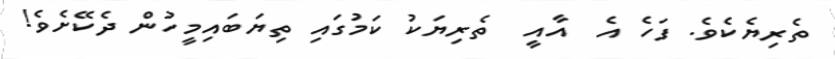
ތެރިޔެކެވެ. ފަހެ އެ  އާއީ  ތެރިޔަކު ކަމުގައި ތިޔަބައިމީހުން ދެކޭށެވެ!